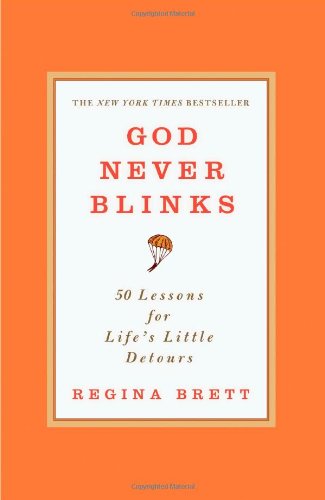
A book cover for God Never Blinks: 50 Lessons for Life's Little Detours; Regina Brett; Religion & Spirituality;